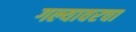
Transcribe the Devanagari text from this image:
गल्यावरचा